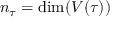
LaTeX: n _ { \tau } = \dim ( V ( \tau ) )